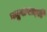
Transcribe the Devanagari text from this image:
प्रमुखपादरी